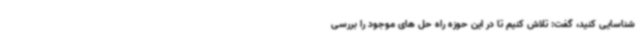
شناسایی کنید، گفت: تلاش کنیم تا در این حوزه راه حل های موجود را بررسی